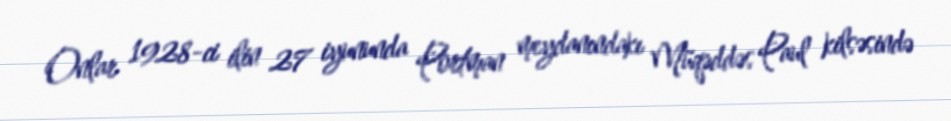
Onlar 1928-ci ilin 27 iyununda Portman meydanındakı Müqəddəs Paul kilsəsində